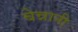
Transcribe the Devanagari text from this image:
बेन्नानी